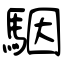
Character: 駰